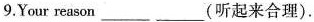
9.Your reason___ ___(听起来合理).